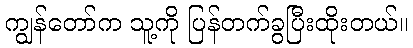
ကျွန်တော်က သူ့ကို ပြန်တက်ခွပြီးထိုးတယ်။